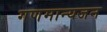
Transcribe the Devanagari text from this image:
गणमान्यजन